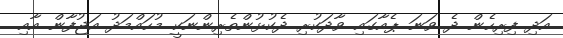
އަދި ފިރިހެން ދެ ވަނަ ޕެއާގައި ވާދަކުރި ދެކުޅުންތެރިންނަކީ މުހައްމަދު އަޖުފާން އާއި